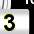
Digit: 3